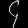
Digit: ၄